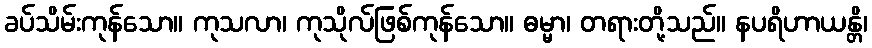
ခပ်သိမ်းကုန်သော။ ကုသလာ၊ ကုသိုလ်ဖြစ်ကုန်သော။ ဓမ္မာ၊ တရားတို့သည်။ နပရိဟာယန္တိ၊